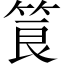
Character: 筤